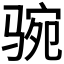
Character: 𩧻